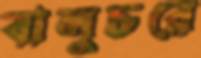
বালুচরে